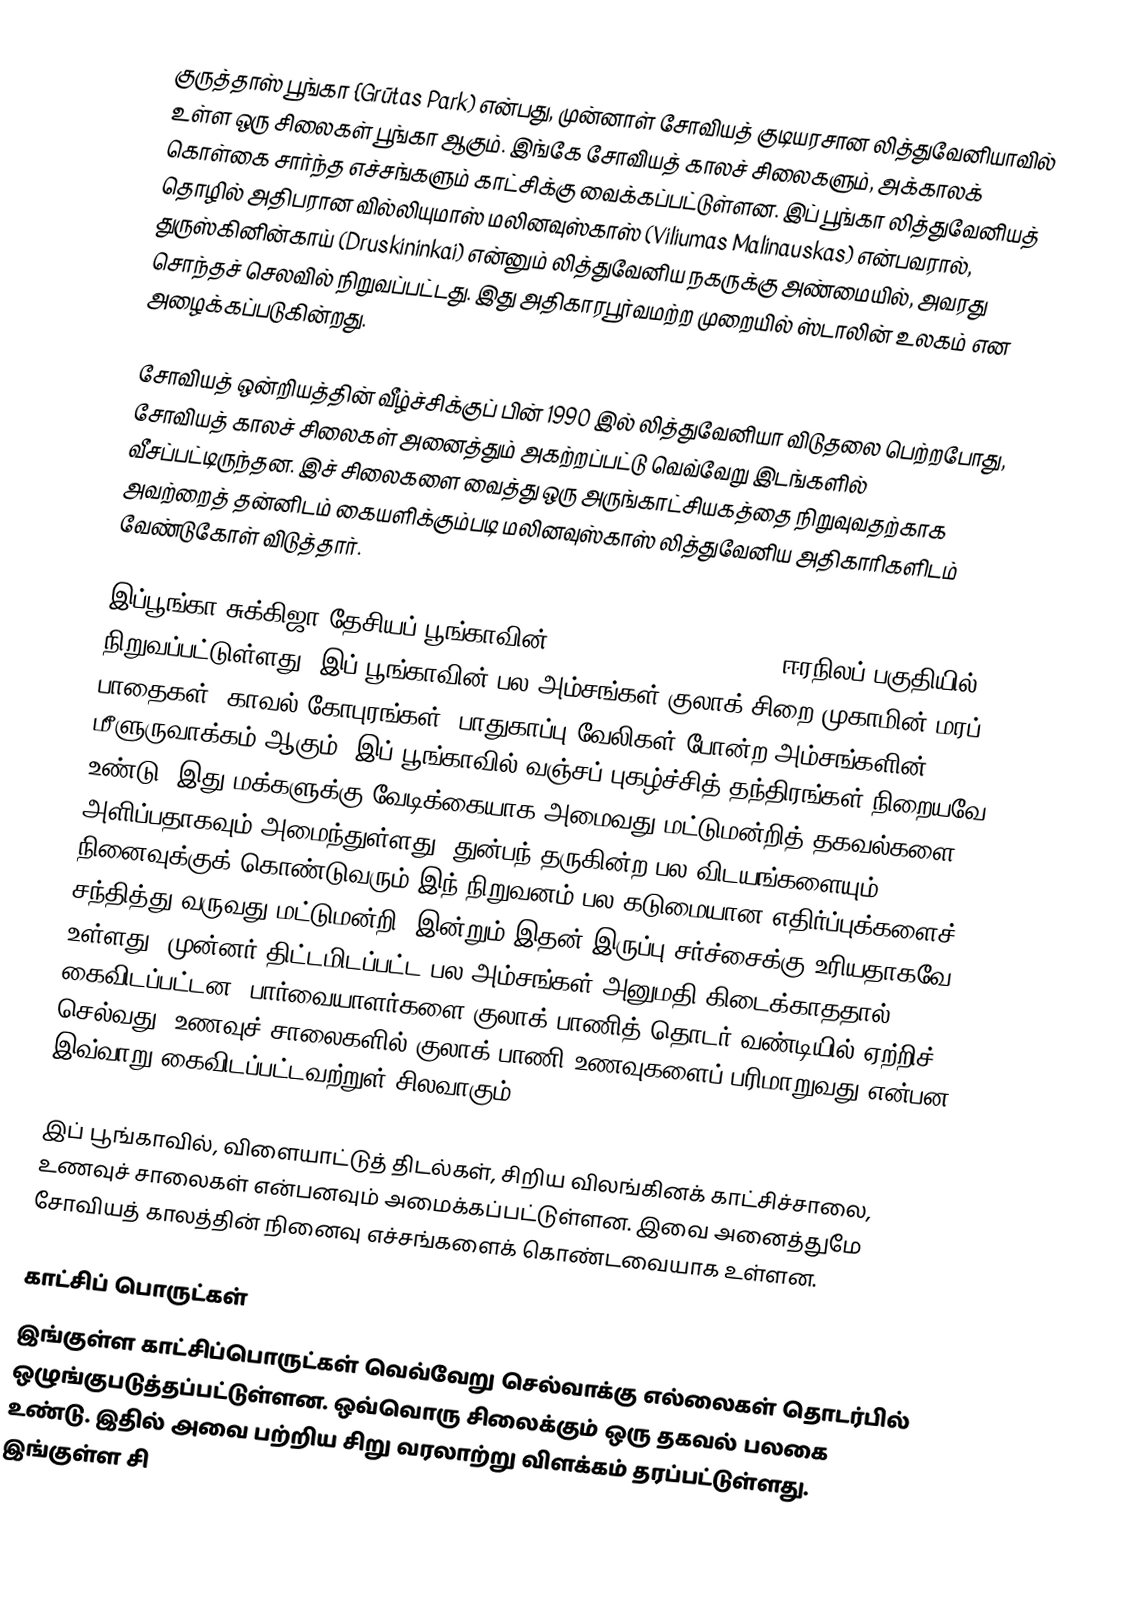
குருத்தாஸ் பூங்கா {Grūtas Park) என்பது, முன்னாள் சோவியத் குடியரசான லித்துவேனியாவில் உள்ள ஒரு சிலைகள் பூங்கா ஆகும். இங்கே சோவியத் காலச் சிலைகளும், அக்காலக் கொள்கை சார்ந்த எச்சங்களும் காட்சிக்கு வைக்கப்பட்டுள்ளன. இப் பூங்கா லித்துவேனியத் தொழில் அதிபரான வில்லியுமாஸ் மலினவுஸ்காஸ் (Viliumas Malinauskas) என்பவரால், துருஸ்கினின்காய் (Druskininkai) என்னும் லித்துவேனிய நகருக்கு அண்மையில், அவரது சொந்தச் செலவில் நிறுவப்பட்டது. இது அதிகாரபூர்வமற்ற முறையில் ஸ்டாலின் உலகம் என அழைக்கப்படுகின்றது.

சோவியத் ஒன்றியத்தின் வீழ்ச்சிக்குப் பின் 1990 இல் லித்துவேனியா விடுதலை பெற்றபோது, சோவியத் காலச் சிலைகள் அனைத்தும் அகற்றப்பட்டு வெவ்வேறு இடங்களில் வீசப்பட்டிருந்தன. இச் சிலைகளை வைத்து ஒரு அருங்காட்சியகத்தை நிறுவுவதற்காக அவற்றைத் தன்னிடம் கையளிக்கும்படி மலினவுஸ்காஸ் லித்துவேனிய அதிகாரிகளிடம் வேண்டுகோள் விடுத்தார்.

இப்பூங்கா சுக்கிஜா தேசியப் பூங்காவின் (Dzūkija National Park) ஈரநிலப் பகுதியில் நிறுவப்பட்டுள்ளது. இப் பூங்காவின் பல அம்சங்கள் குலாக் சிறை முகாமின் மரப் பாதைகள், காவல் கோபுரங்கள், பாதுகாப்பு வேலிகள் போன்ற அம்சங்களின் மீளுருவாக்கம் ஆகும். இப் பூங்காவில் வஞ்சப் புகழ்ச்சித் தந்திரங்கள் நிறையவே உண்டு. இது மக்களுக்கு வேடிக்கையாக அமைவது மட்டுமன்றித் தகவல்களை அளிப்பதாகவும் அமைந்துள்ளது. துன்பந் தருகின்ற பல விடயங்களையும் நினைவுக்குக் கொண்டுவரும் இந் நிறுவனம் பல கடுமையான எதிர்ப்புக்களைச் சந்தித்து வருவது மட்டுமன்றி, இன்றும் இதன் இருப்பு சர்ச்சைக்கு உரியதாகவே உள்ளது. முன்னர் திட்டமிடப்பட்ட பல அம்சங்கள் அனுமதி கிடைக்காததால் கைவிடப்பட்டன. பார்வையாளர்களை குலாக் பாணித் தொடர் வண்டியில் ஏற்றிச் செல்வது, உணவுச் சாலைகளில் குலாக் பாணி உணவுகளைப் பரிமாறுவது என்பன இவ்வாறு கைவிடப்பட்டவற்றுள் சிலவாகும்.

இப் பூங்காவில், விளையாட்டுத் திடல்கள், சிறிய விலங்கினக் காட்சிச்சாலை, உணவுச் சாலைகள் என்பனவும் அமைக்கப்பட்டுள்ளன. இவை அனைத்துமே சோவியத் காலத்தின் நினைவு எச்சங்களைக் கொண்டவையாக உள்ளன.

காட்சிப் பொருட்கள்
இங்குள்ள காட்சிப்பொருட்கள் வெவ்வேறு செல்வாக்கு எல்லைகள் தொடர்பில் ஒழுங்குபடுத்தப்பட்டுள்ளன. ஒவ்வொரு சிலைக்கும் ஒரு தகவல் பலகை உண்டு. இதில் அவை பற்றிய சிறு வரலாற்று விளக்கம் தரப்பட்டுள்ளது. இங்குள்ள சி